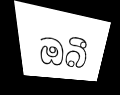
ඔබී